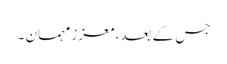
جس کے بعد، معزز مہمان ۔